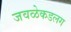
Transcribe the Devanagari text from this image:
जवळेकडलग